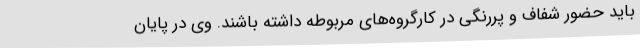
باید حضور شفاف و پررنگی در کارگروه‌های مربوطه داشته باشند. وی در پایان